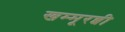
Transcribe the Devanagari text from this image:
खम्मूरब्बी